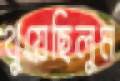
থুয়েছিলুম